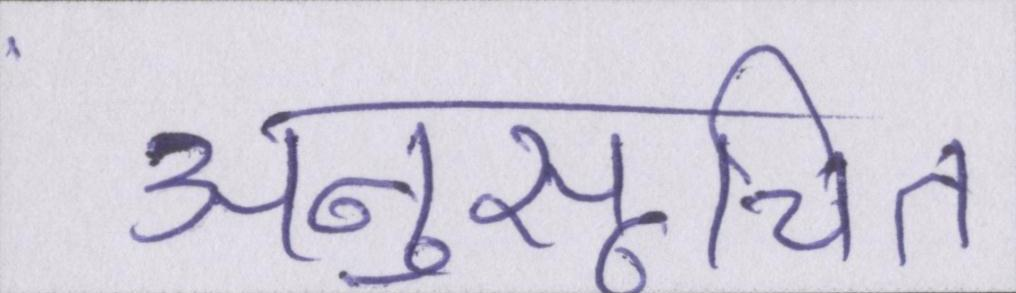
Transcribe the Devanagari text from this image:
अनुसूचित